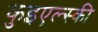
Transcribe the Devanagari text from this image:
कुइएल्स्की